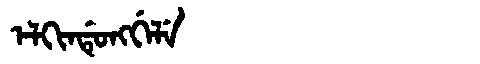
Manchu: ᡝᠯᡴᡳᠨᡩᡠᠩᡤᡝᠯᡝ
Romanization: ELKINDUNGGELE